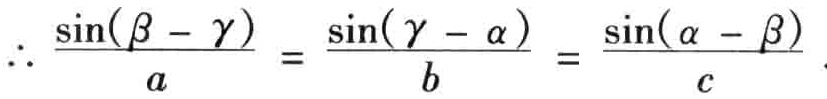
\(\therefore \frac{\sin(\beta - \gamma)}{a} = \frac{\sin(\gamma - \alpha)}{b} = \frac{\sin(\alpha - \beta)}{c}\)